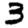
Digit: 3